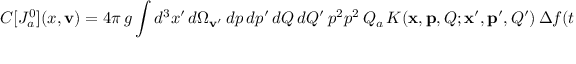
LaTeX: C [ { \cal J } _ { a } ^ { 0 } ] ( x , { \bf v } ) = 4 \pi \, g \int d ^ { 3 } x ^ { \prime } \, { d \Omega _ { { \bf v } ^ { \prime } } } \, d p \, d p ^ { \prime } \, d Q \, d Q ^ { \prime } \, p ^ { 2 } p ^ { 2 } \, Q _ { a } \, { K } ( { \bf x } , { \bf p } , Q ; { \bf x } ^ { \prime } , { \bf p ^ { \prime } } , Q ^ { \prime } ) \, \Delta f ( t , { \bf x } ^ { \prime } , { \bf p } ^ { \prime } , Q ^ { \prime } )